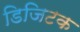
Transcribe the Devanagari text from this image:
डिजिटक